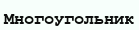
Многоугольник